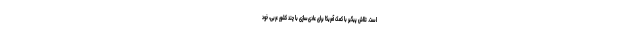
است. تلاش پیگیر با کمک آمریکا برای عادی‌سازی با چند کشور عربی، خود